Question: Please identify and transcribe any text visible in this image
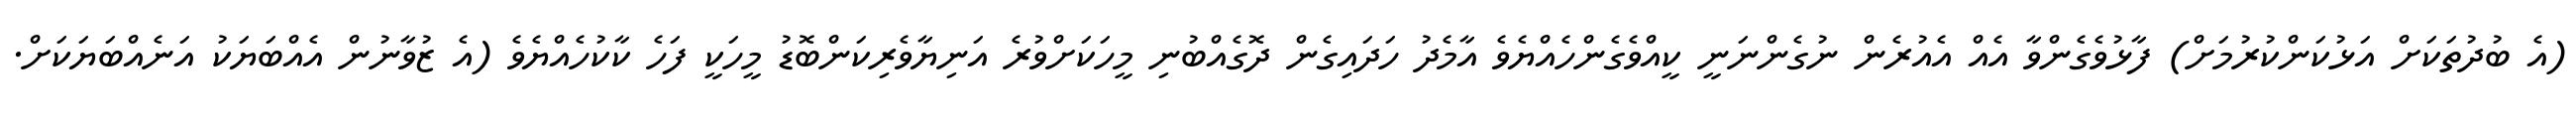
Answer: (އެ ބުދުތަކަށް އަޅުކަންކުރުމަށް) ފާޅުވެގެންވާ އެއް އެއުރެން ނުގެންނަނީ ކީއްވެގެންހެއްޔެވެ އާމެދު ހަދައިގެން ދޮގެއްބުނި މީހަކަށްވުރެ އަނިޔާވެރިކަންބޮޑު މީހަކީ ފަހެ ކާކުހެއްޔެވެ (އެ ޒުވާނުން އެއްބަޔަކު އަނެއްބަޔަކަށް.